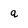
Character: q